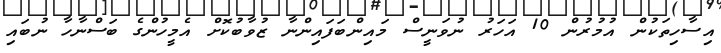
އިސާހިތަކުން އުމުރުން 10 އަހަރު ނުވަނީސް މައިންބަފައިންނާ ޒުވާބުކޮށް އެމީހުންގެ ބަސްނާހާ ނުބައި